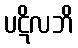
ပဋိလဘိ